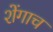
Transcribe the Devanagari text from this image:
शेंगाच